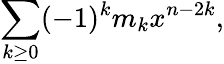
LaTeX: \sum_{k\geq 0}(-1)^{k}m_{k}x^{n-2k},